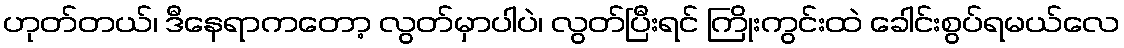
ဟုတ်တယ်၊ ဒီနေရာကတော့ လွတ်မှာပါပဲ၊ လွတ်ပြီးရင် ကြိုးကွင်းထဲ ခေါင်းစွပ်ရမယ်လေ